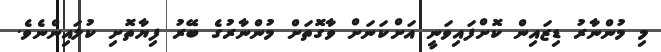
މި މުންނާރު ޑިޒައިން ކޮށްފައިވަނީ އަށްކަނަށް ވާގޮތަށް މުންނާރުގެ ބޭރު ފިޔާތޮށި ކުލައިންނެވެ.